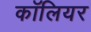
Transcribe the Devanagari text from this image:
कॉलियर